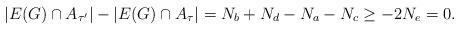
LaTeX: \begin{align*} |E(G) \cap A_{\tau'}| - |E(G) \cap A_\tau| = N_b + N_d - N_a - N_c \ge - 2 N_e = 0. \end{align*}